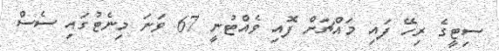
ސިޓީގެ ރިހޭ ފައި މައްޗަށް ފޮއި ވެއްޓުނީ 67 ވަނަ މިނެޓުގައި ސެސް